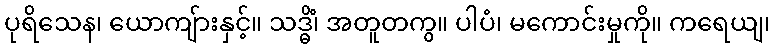
ပုရိသေန၊ ယောကျ်ားနှင့်။ သဒ္ဓိံ၊ အတူတကွ။ ပါပံ၊ မကောင်းမှုကို။ ကရေယျ၊